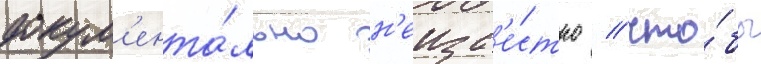
докум'ента́льно н'еизв'е́стно / что́бы